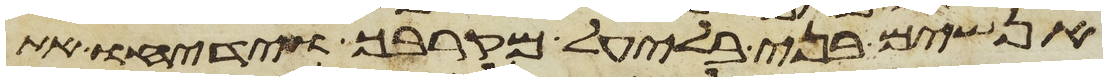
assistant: אנשים בני בלעיל מקרבך וידיחו את